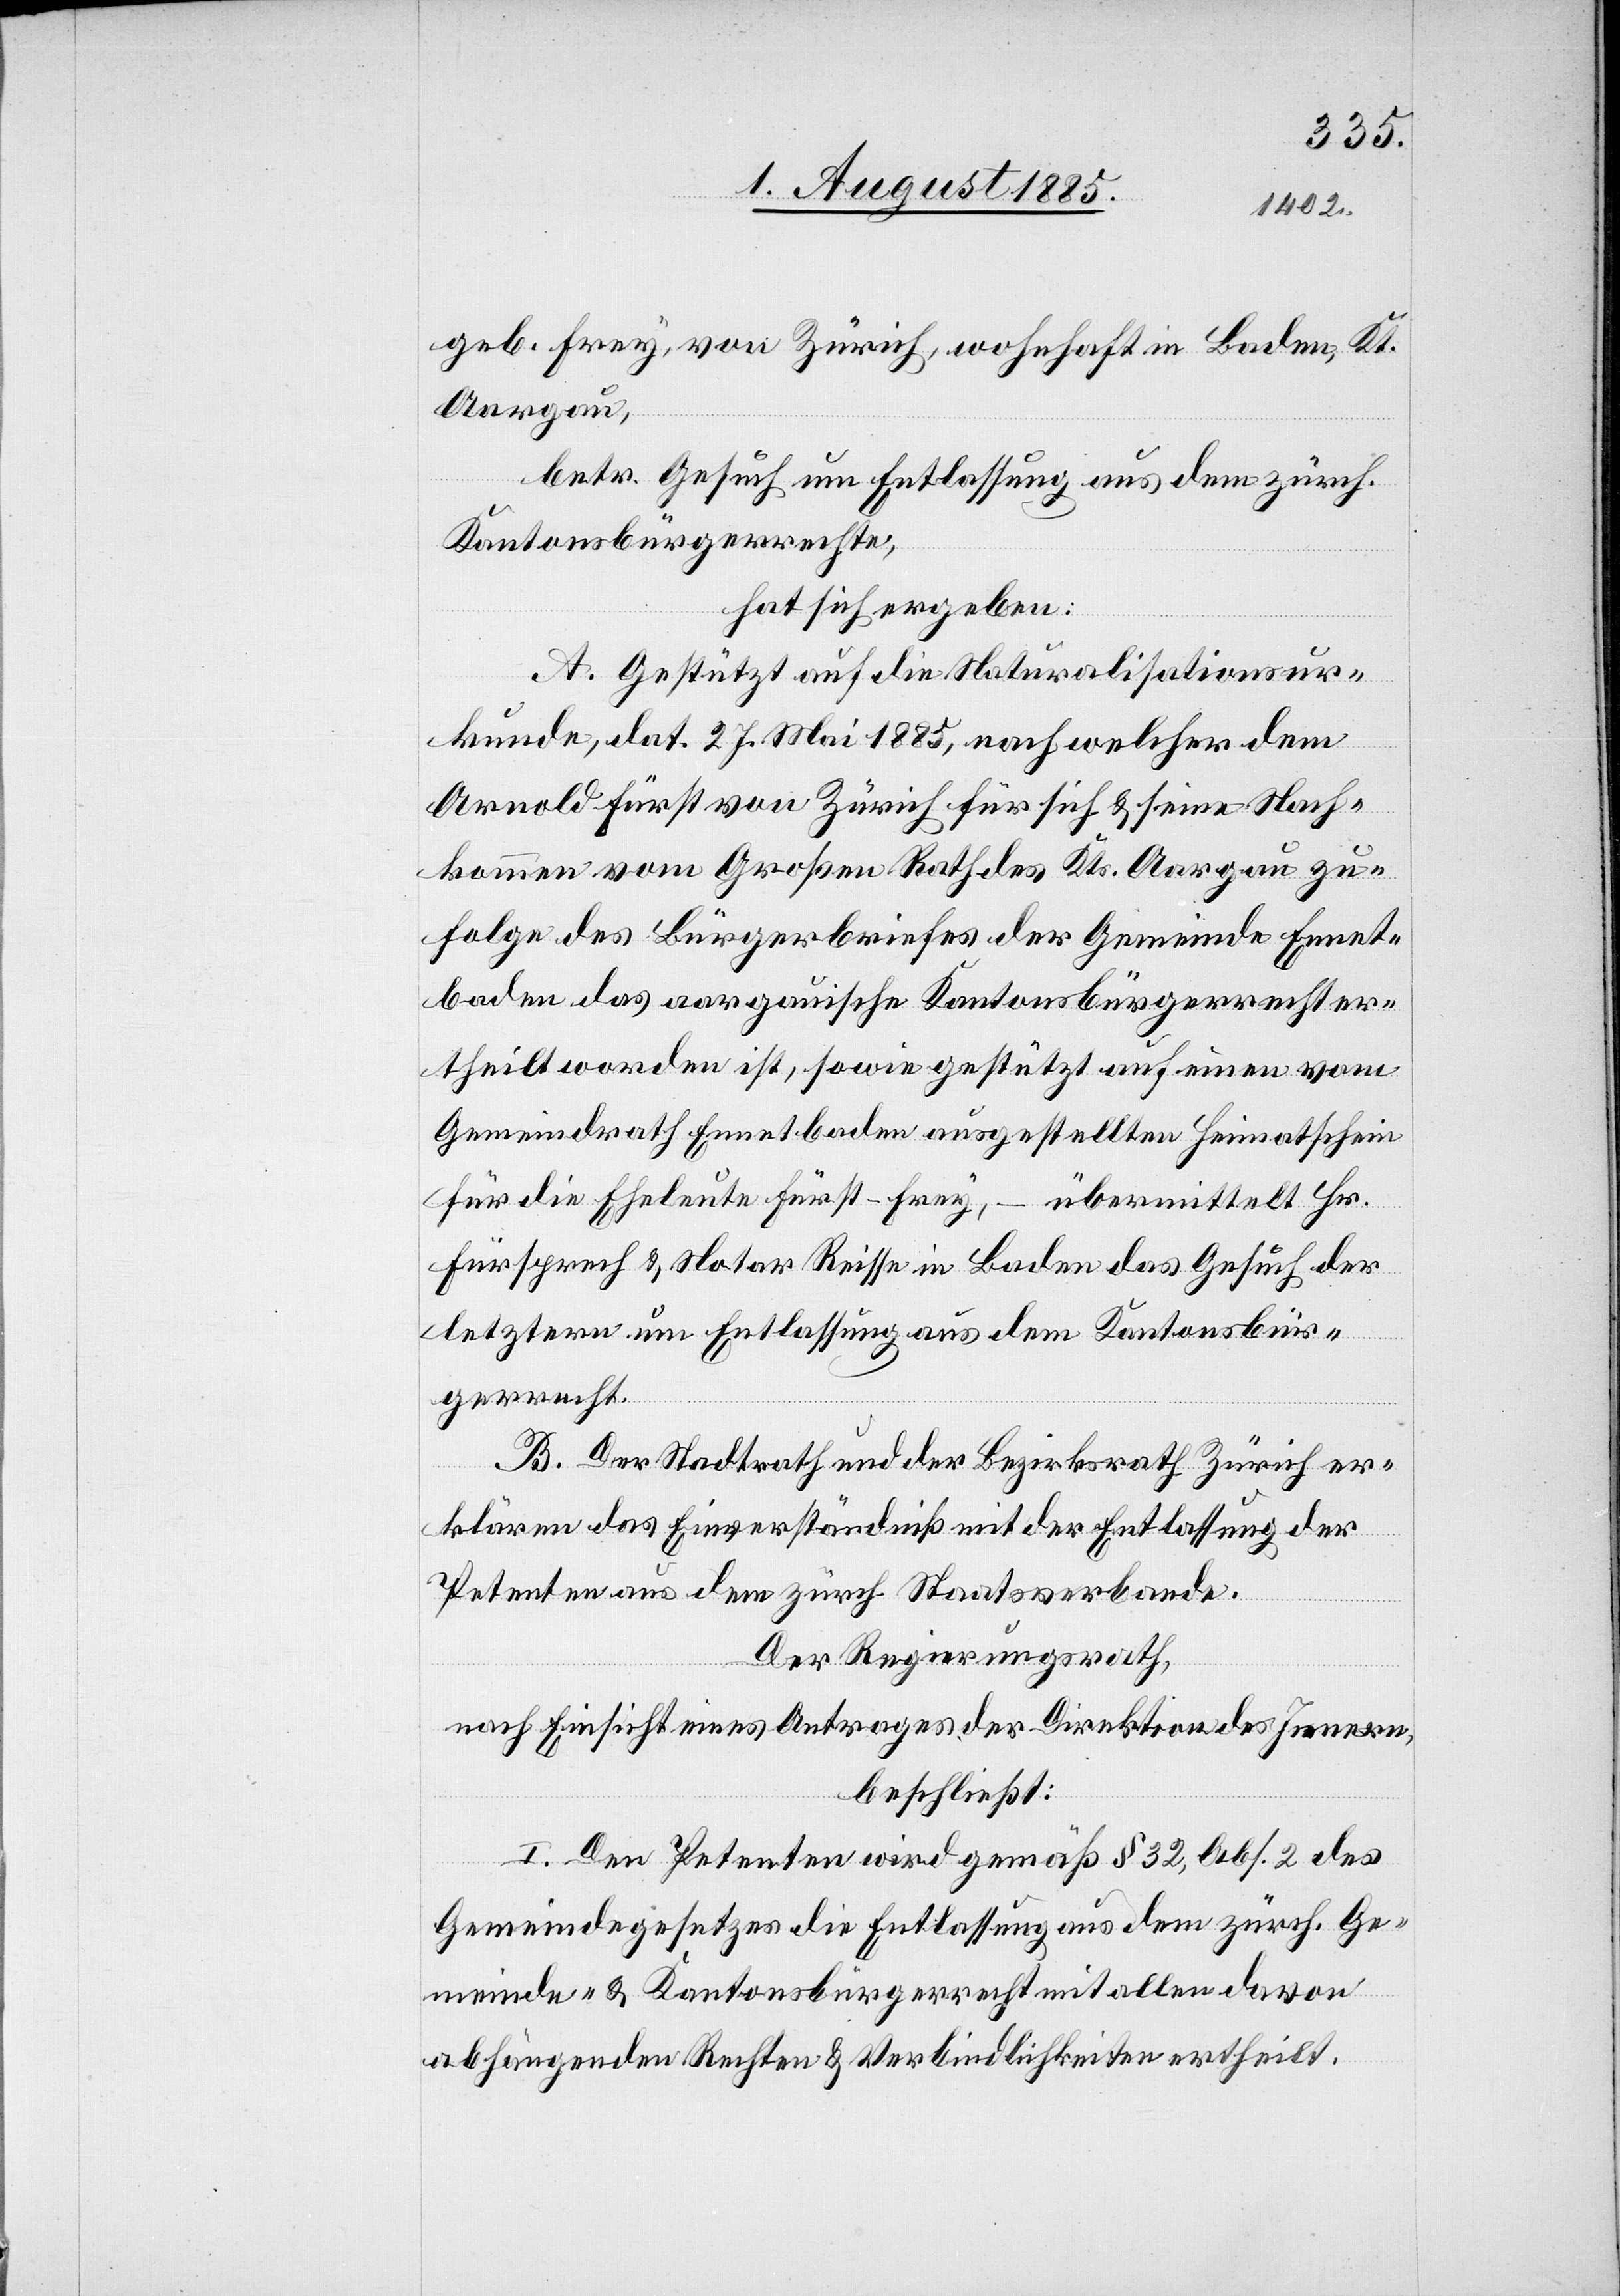
geb. Frey, von Zürich, wohnhaft in Baden, Kt.
Aargau,
betr. Gesuch um Entlassung aus dem zürch.
Kantonsbürgerrechte;
hat sich ergeben:
A. Gestützt auf die Naturalisationsur¬
kunde, dat.27. Mai 1885, nach welcher dem
Arnold Fürst von Zürich für sich & seine Nach¬
kommen vom Großen Rath des Kts. Aargau zu¬
folge des Bürgerbriefes der Gemeinde Ennet¬
baden das aargauische Kantonsbürgerecht er¬
theilt worden ist, sowie gestützt auf einen vom
Gemeindrath Ennetbaden ausgestellten Heimathschein
übermittelt Hr.
für die Eheleute Fürst-Frey, –
Fürsprech & Notar Reisse in Baden das Gesuch der
letztern um Entlassung aus dem Kantonsbür¬
gerrecht.
B. Der Stadtrath und der Bezirksrath Zürich er¬
klären das Einverständniß mit der Entlassung der
Petenten aus dem zürch. Staatsverbande.
Der Regierungsrath,
nach Einsicht eines Antrages der Direktion des Innern,
beschließt:
I. Den Petenten wird gemäß § 32, Abs. 2 des
Gemeindegesetzes die Entlassung aus dem zürch. Ge¬
meinde- & Kantonsbürgerrecht mit allen davon
abhängenden Rechten & Verbindlichkeiten ertheilt.